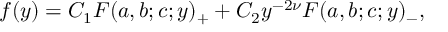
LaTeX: f ( y ) = C _ { 1 } F ( a , b ; c ; y ) _ { + } + C _ { 2 } y ^ { - 2 \nu } F ( a , b ; c ; y ) _ { - } ,